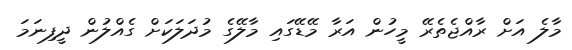
މާލެ އަށް ރާއްޖެތެރޭ މީހުން އަރާ މޭޑޭގައި މާލޭގެ މުދަލަކަށް ގެއްލުން ދީފިނަމަ